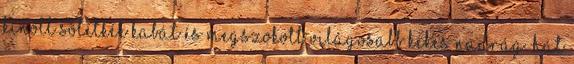
kinőtt sötétkék kabát és megszokott világosabb kékes nadrág. Hát